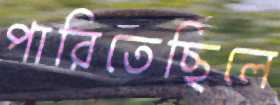
পারিতেছিলে